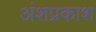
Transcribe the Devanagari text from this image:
अंशप्रकाश